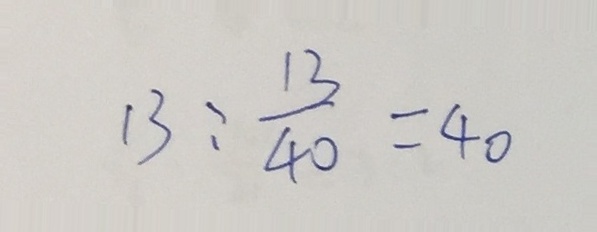
1 3 : \frac { 1 3 } { 4 0 } = 4 0